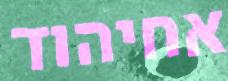
אחיהוד